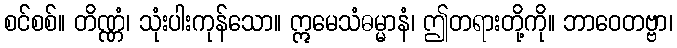
စင်စစ်။ တိဏ္ဏံ၊ သုံးပါးကုန်သော။ ဣမေသံဓမ္မာနံ၊ ဤတရားတို့ကို။ ဘာဝေတဗ္ဗာ၊